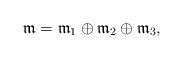
LaTeX: \begin{align*}\frak{m}=\frak{m}_1\oplus\frak{m}_2\oplus\frak{m}_3,\end{align*}